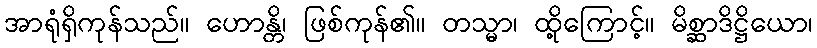
အာရုံရှိကုန်သည်။ ဟောန္တိ၊ ဖြစ်ကုန်၏။ တသ္မာ၊ ထို့ကြောင့်။ မိစ္ဆာဒိဋ္ဌိယော၊